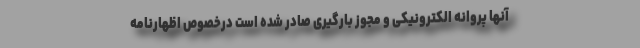
آنها پروانه الکترونیکی و مجوز بارگیری صادر شده است درخصوص اظهارنامه